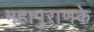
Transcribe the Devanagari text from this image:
महापुराणके